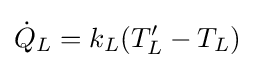
{\dot {Q}}_{L}=k_{L}(T_{L}'-T_{L})